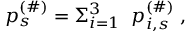
p _ { s } ^ { ( \# ) } = \Sigma _ { i = 1 } ^ { 3 } \; \; p _ { i , s } ^ { ( \# ) } \; ,